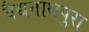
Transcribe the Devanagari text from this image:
वैद्यनाथपुरा